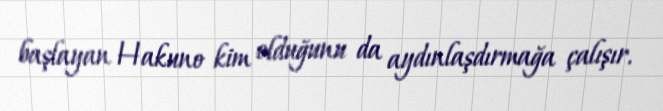
başlayan Hakuno kim olduğunu da aydınlaşdırmağa çalışır.